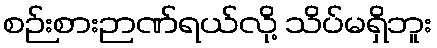
စဉ်းစားဉာဏ်ရယ်လို့ သိပ်မရှိဘူး